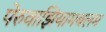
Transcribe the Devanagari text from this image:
पेरुवाझियामबलम